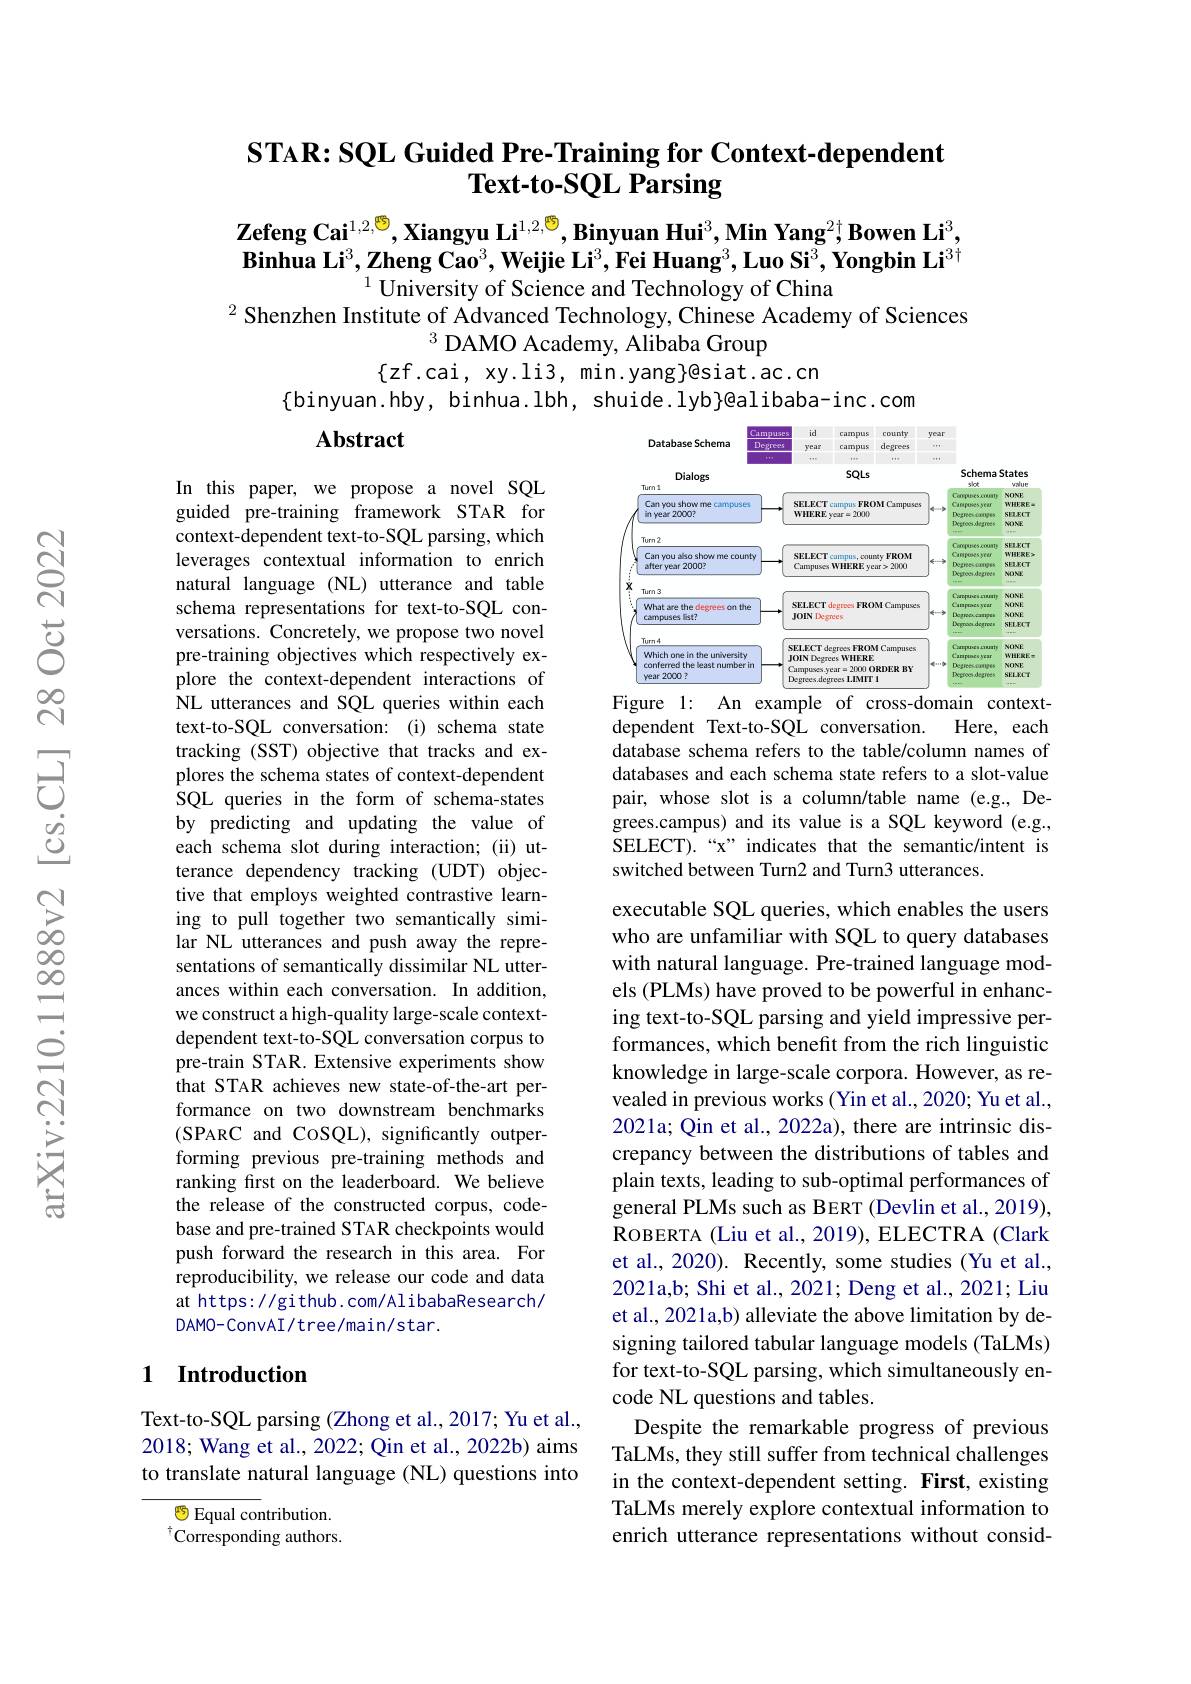
# $\textbf{STAR: SQL Guided Pre- Training for Context- dependent}$ $\textbf{Text- to- SQL Parsing}$

$\textbf{Zefeng Cai}^{1,2,\text{們}},\textbf{Xiangyu Li}^{1,2,\text{們}},\textbf{Binyuan Hui}^3,\textbf{Min Yang}^{2\dagger}\textbf{Bowen Li}^3$, $\textbf{Binhua Li}^3,\textbf{Zheng Cao}^3,\textbf{Weijie Li}^3,\textbf{Fei Huang}^3,\textbf{Luo Si}^3,\textbf{Yongbin Li}^{3\dagger}$
$^{1}$University of Science and Technology of China
$^{2}$ Shenzhen Institute of Advanced Technology, Chinese Academy of Sciences
$^3$ DAMO Academy, Alibaba Group
$\{$zf.cai, xy.li3, min.yang}@siat.ac.cn
$\{$binyuan.hby, binhua.lbh, shuide.lyb}@alibaba-inc.com

$\mathbf{Abstract}$

<FigureHere>
Figure 1: An example of cross-domain context-

Here, each
dependent Text-to-SQL conversation.
database schema refers to the table/column names of databases and each schema state refers to a slot-value pair, whose slot is a column/table name (e.g., Degrees.campus) and its value is a SQL keyword (e.g., SELECT).“x” indicates that the semantic/intent is switched between Turn2 and Turn3 utterances.

In this paper, we propose a novel SQL guided pre-training framework STAR for context-dependent text-to-SQL parsing, which leverages contextual information to enrich natural language (NL) utterance and table schema representations for text-to-SQL conversations. Concretely, we propose two novel pre-training objectives which respectively explore the context-dependent interactions of NL utterances and SQL queries within each text-to-SQL conversation: (i) schema state tracking (SST) objective that tracks and explores the schema states of context-dependent SQL queries in the form of schema-states by predicting and updating the value of each schema slot during interaction; (ii) utterance dependency tracking (UDT) objective that employs weighted contrastive learning to pull together two semantically similar NL utterances and push away the representations of semantically dissimilar NL utterances within each conversation. In addition, we construct a high-quality large-scale contextdependent text-to-SQL conversation corpus to pre-train STAR. Extensive experiments show that STAR achieves new state-of-the-art performance on two downstream benchmarks (SPARC and CoSQL), significantly outperforming previous pre-training methods and ranking first on the leaderboard. We believe the release of the constructed corpus, codebase and pre-trained STAR checkpoints would push forward the research in this area. For reproducibility, we release our code and data at https: / github. com/Al ibabaResearch/ DAMO-ConvAI/tree/main/star.

executable SQL queries, which enables the users who are unfamiliar with SQL to query databases with natural language. Pre-trained language models (PLMs) have proved to be powerful in enhancing text-to-SQL parsing and yield impressive performances, which benefit from the rich linguistic knowledge in large-scale corpora. However, as revealed in previous works(Yin et al., 2020; Yu et al., 2021a; Qin et al., 2022a), there are intrinsic discrepancy between the distributions of tables and plain texts, leading to sub-optimal performances of general PLMs such as BERT (Devlin et al., 2019), ROBERTA ( Liu et al. , 2019) , ELECTRA ( Clark et al., 2020). Recently, some studies (Yu et al., 2021a,b; Shi et al., 2021; Deng et al., 2021; Liu et al., 2021a,b) alleviate the above limitation by designing tailored tabular language models (TaLMs) for text-to-SQL parsing, which simultaneously encode NL questions and tables.
Despite the remarkable progress of previous TaLMs, they still suffer from technical challenges in the context-dependent setting. First, existing TaLMs merely explore contextual information to enrich utterance representations without consid-

## 1 Introduction

Text-to-SQL parsing (Zhong et al., 2017; Yu et al., 2018; Wang et al., 2022; Qin et al., 2022b) aims to translate natural language (NL) questions into

$\textcircled{\mathrm{g}}$ Equal contribution. $^{\dagger}\dot{\text{Corresponding authors.}}$